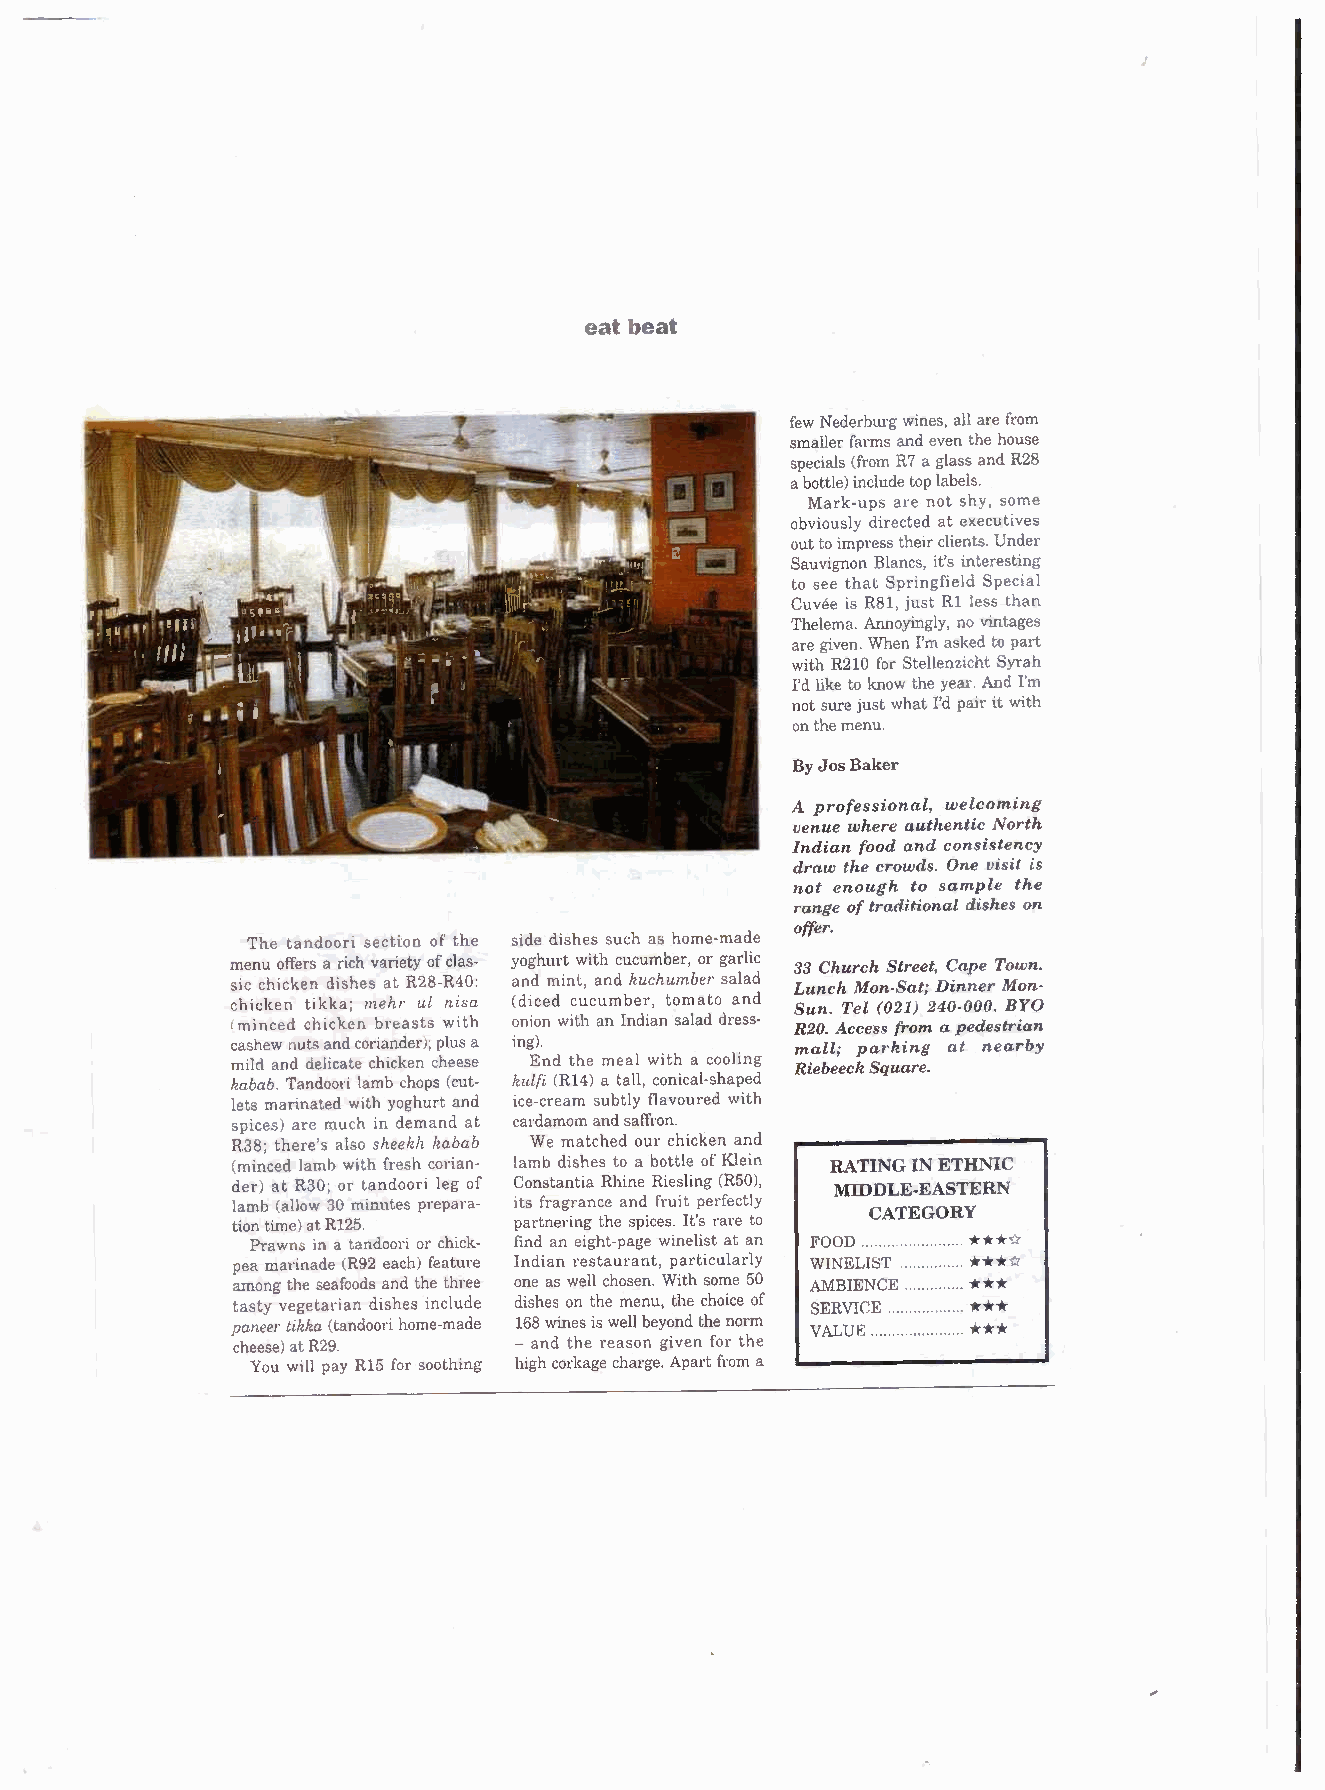
J
 eat beat
 few Nederburg wines, all are from
 smaller farms and even the house
 specials (from R7 a glass and R28
 a bottle) include top labels.
 Mark-ups are not shy, some
 obviously directed at executives
 out to impress their clients. Under
 Sauvignon Blancs, it's interesting
 to see that Springfield Special
 Cuvee is R8I, just Rl less than
 Thelema. Annoyingly, no vintages
 are given. When I'm asked to part
 with R210 for Stellenzicht Syrah
 I'd like to know the year. And I'm
 not sure just what I'd pair it with
 on the menu.
 ByJosBaker
 A professional, welcoming
 venue where authentic North
 Indian food and consistency
 draw the crouids. One visit is
 not enough to sample the
 range of traditional dishes on
 offer.
 The tandoori secti:oo of the side dishes such as home-made
 menu offers a rich variety of clas- yoghurt with cucumber, or garlic 33 Church Street, Cape Town,
 sic chicken dishes at R28-R40: and mint, and huchumber salad Lunch Mon-Sat; Dinner Mon-
 chicken tikka; mehr ul n isa (diced cucumber, tomato and Sun. Tel (021) 240-000. BYO
 (minced chicken breasts with onion with an Indian salad dress- R20. Access from a pedestrian
 cashew nuts and coriander); plus a ing). mall; par-king at nearby
 mild and delicate chicken cheese End the meal with a cooling RiebeeckS quare.
 habab. Tandoori lamb chops (cut- kulfi (R14) a tall, conical-shaped
 lets marinated with yoghurt and ice-cream subtly flavoured with
 spices) are much in demand at cardamom and saffron.
 R38; there's also sheehli habab We matched our chicken and
 (minced lamb with fresh corian- lamb dishes to a bottle of Klein RATING IN ETHNIC
 der) at R30; or tandoori leg of Constantia Rhine Riesling (R50), MIDDLE·EASTERN
 lamb (allow 30 minutes prepara- its fragrance and fruit perfectly
 CATEGORY
 tion time) at R125. partnering the spices. It's rare to
 Prawns in a tandoori or chick- find an eight-page winelist at an FOOD ***0(;(
 ***~
 pea marinade (R92 each) feature Indian restaurant, particularly WINE LIST
 ***
 among the seafoods and the three one as well chosen. With some 50 AMBIENCE
 tasty vegetarian dishes include dishes on the menu, the choice of SERVICE ***
 paneer tikka (tandoori home-made 168 wines is well beyond the norm ***
 VALUE
 cheese) at R29.    - and the reason given for the
 You will pay R15 for soothing high corkage charge. Apart from a